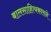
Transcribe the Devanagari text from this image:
बालसाहित्यकाराने